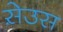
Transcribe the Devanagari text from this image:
स़ेउस